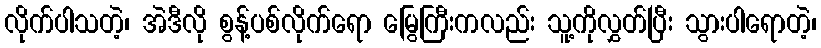
လိုက်ပါသတဲ့၊ အဲဒီလို စွန့်ပစ်လိုက်ရော မြွေကြီးကလည်း သူ့ကိုလွှတ်ပြီး သွားပါရောတဲ့၊